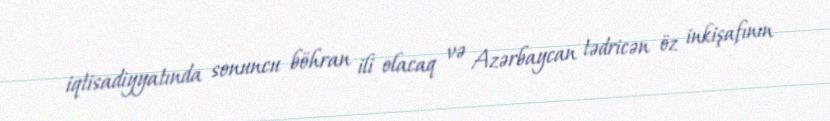
iqtisadiyyatında sonuncu böhran ili olacaq və Azərbaycan tədricən öz inkişafının